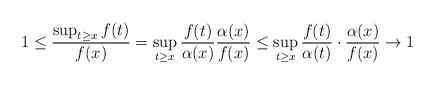
LaTeX: \begin{align*} 1 \le \frac{\sup_{t \ge x} f(t)}{f(x)} = \sup_{t \ge x}\frac{f(t)}{\alpha (x)} \frac{\alpha (x)}{f(x)} \le \sup_{t \ge x}\frac{f(t)}{ \alpha (t)} \cdot \frac{\alpha (x)}{f(x)}\to 1\end{align*}